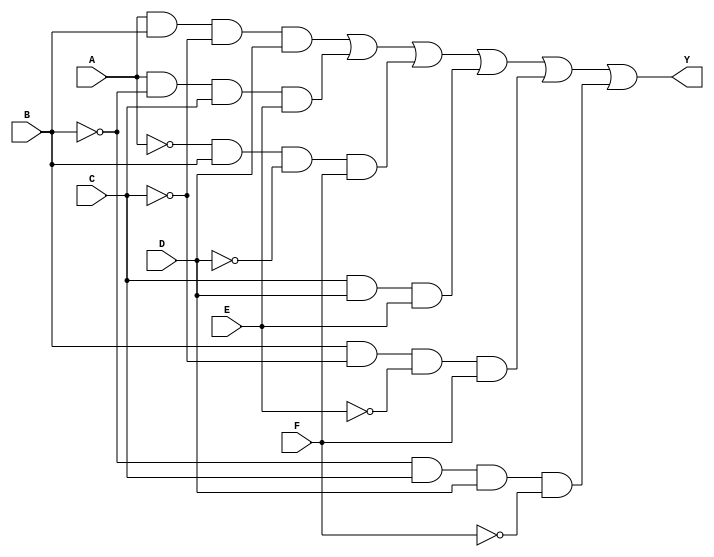
module kmap_6var (
    input wire A,  // Input variable A
    input wire B,  // Input variable B
    input wire C,  // Input variable C
    input wire D,  // Input variable D
    input wire E,  // Input variable E
    input wire F,  // Input variable F
    output wire Y  // Output variable Y
);

// Example Boolean expression derived from a K-map
// Replace this expression with the one derived from your K-map
assign Y = (A & B & ~C & D) | (A & ~B & C & E) | (~A & B & ~D & F) | 
           (C & D & E) | (B & ~C & ~E & F) | (~B & C & D & ~F);

endmodule